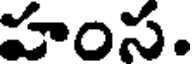
హంస.